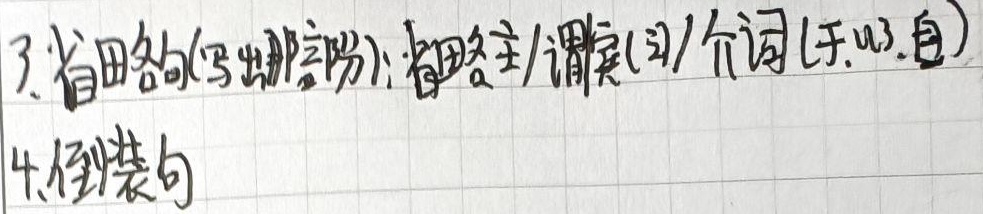
3. 省略句(写出哪部分): 省略主/谓宾(动)/介词(于,以,自)
4. 倒装句